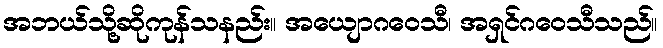
အဘယ်သို့ဆိုကုန်သနည်း။ အယျောဂဝေသီ၊ အရှင်ဂဝေသီသည်။